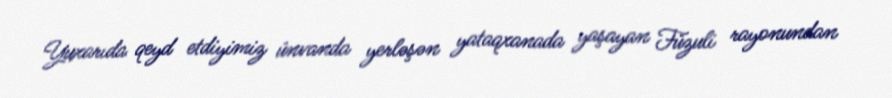
Yuxarıda qeyd etdiyimiz ünvanda yerləşən yataqxanada yaşayan Füzuli rayonundan